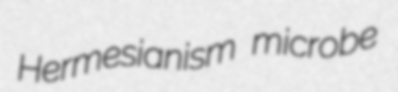
Hermesianism microbe